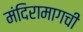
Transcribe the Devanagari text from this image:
मंदिरामागची